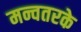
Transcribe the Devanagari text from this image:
मन्वतरके